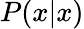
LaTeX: P(x|x)